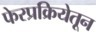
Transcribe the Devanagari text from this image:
फेरप्रक्रियेतून